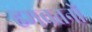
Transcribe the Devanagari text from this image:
हमवतनों